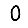
Digit: 0